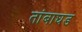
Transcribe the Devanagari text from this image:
तांबाघड